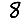
Digit: 8